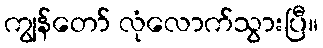
ကျွန်တော် လုံလောက်သွားပြီ။